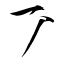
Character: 丆